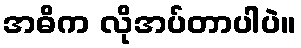
အဓိက လိုအပ်တာပါပဲ။